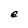
Character: e